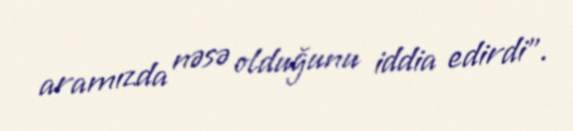
aramızda nəsə olduğunu iddia edirdi".